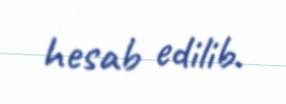
hesab edilib.